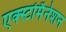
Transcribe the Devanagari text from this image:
एक्स्टर्मिनेशन